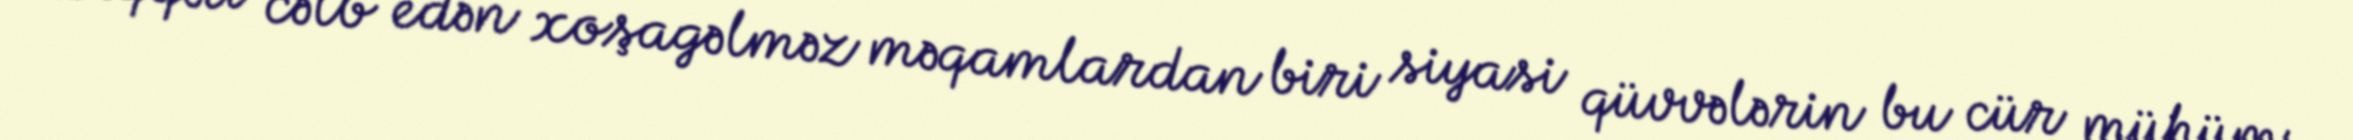
Diqqəti cəlb edən xoşagəlməz məqamlardan biri siyasi qüvvələrin bu cür mühüm